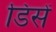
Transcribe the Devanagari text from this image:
डिसें